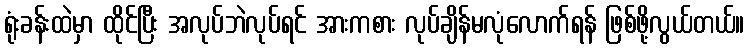
ရုံးခန်းထဲမှာ ထိုင်ပြီး အလုပ်ဘဲလုပ်ရင် အားကစား လုပ်ချိန်မလုံလောက်ရန် ဖြစ်ဖို့လွယ်တယ်။